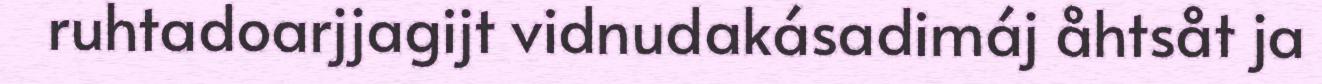
ruhtadoarjjagijt vidnudakásadimáj åhtsåt ja